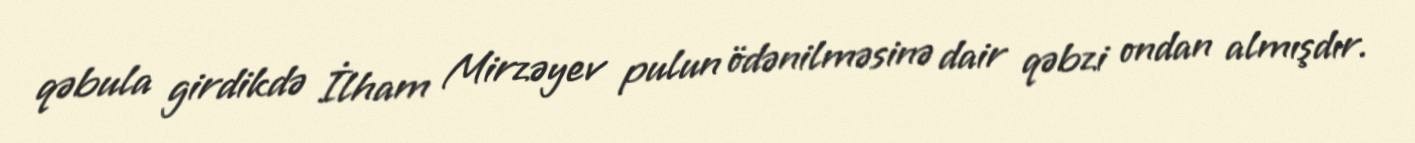
qəbula girdikdə İlham Mirzəyev pulun ödənilməsinə dair qəbzi ondan almışdır.